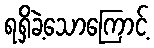
ရရှိခဲ့သောကြောင့်